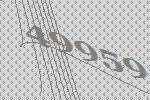
49959